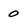
Character: 0